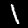
Digit: 1